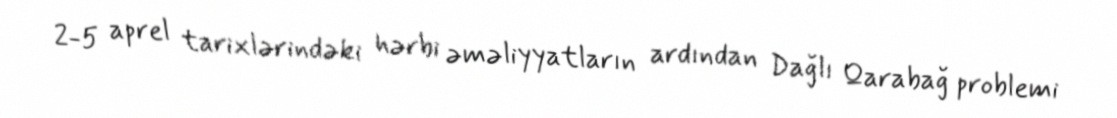
2-5 aprel tarixlərindəki hərbi əməliyyatların ardından Dağlı Qarabağ problemi